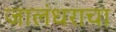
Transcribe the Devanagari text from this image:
जालंधराचा